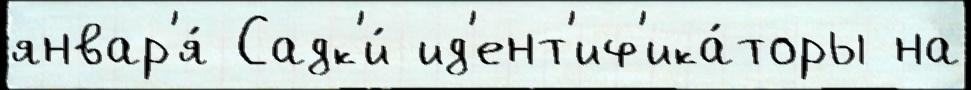
январ'я́ Садк'и́ ид'ент'иф'ика́торы на